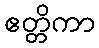
ဧတ္တိကာ